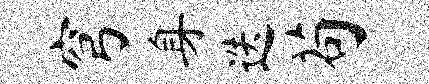
穹身迭苟